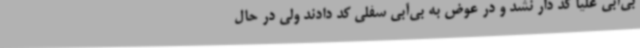
بی‌آبی علیا کد دار نشد و در عوض به بی‌آبی سفلی کد دادند ولی در حال